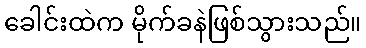
ခေါင်းထဲက မိုက်ခနဲဖြစ်သွားသည်။